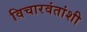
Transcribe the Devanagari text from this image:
विचारवंतांशी